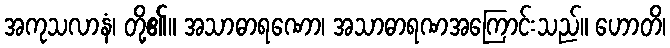
အကုသလာနံ၊ တို့၏။ အသာဓာရဏော၊ အသာဓာရဏအကြောင်းသည်။ ဟောတိ၊